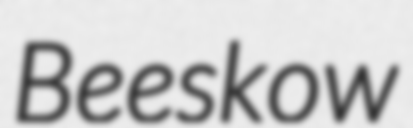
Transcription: Beeskow